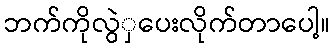
ဘက်ကိုလွဲှပေးလိုက်တာပေါ့။